Annual administration report of the Civil Veterinary Department of India - 1908-1909
Year: 1908
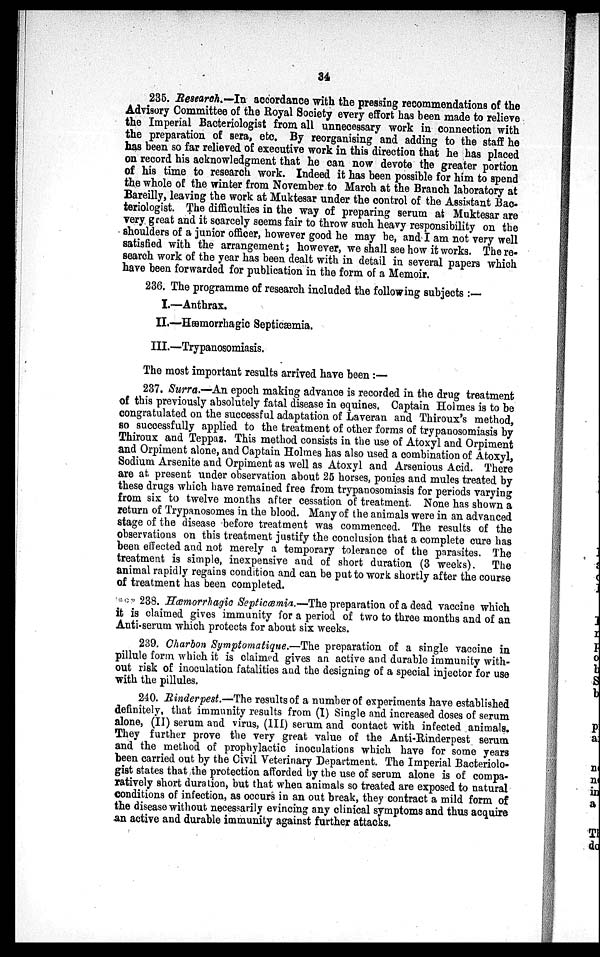
34
235. Research.—In accordance with the pressing recommendations of the
Advisory Committee of the Royal Society every effort has been made to relieve
the Imperial Bacteriologist from all unnecessary work in connection with
the preparation of sera, etc. By reorganising and adding to the staff he
has been so far relieved of executive work in this direction that he has placed
on record his acknowledgment that he can now devote the greater portion
of his time to research work. Indeed it has been possible for him to spend
the whole of the winter from November to March at the Branch laboratory at
Bareilly, leaving the work at Muktesar under the control of the Assistant Bac-
teriologist. The difficulties in the way of preparing serum at Muktesar are
very great and it scarcely seems fair to throw such heavy responsibility on the
shoulders of a junior officer, however good he may be, and I am not very well
satisfied with the arrangement; however, we shall see how it works. There-
search work of the year has been dealt with in detail in several papers which
have been forwarded for publication in the form of a Memoir.
236. The programme of research included the following subjects:—
I.—Anthrax.
II.—Hæmorrhagic Septicæmia.
III.—Trypanosomiasis.
The most important results arrived have been:—
237. Surra.—An epoch making advance is recorded in the drug treatment
of this previously absolutely fatal disease in equines. Captain Holmes is to be
congratulated on the successful adaptation of Laveran and Thiroux's method,
so successfully applied to the treatment of other forms of trypanosomiasis by
Thiroux and Teppaz. This method consists in the use of Atoxyl and Orpiment
and Orpiment alone, and Captain Holmes has also used a combination of Atoxyl,
Sodium Arsenite and Orpiment as well as Atoxyl and Arsenious Acid. There
are at. present under observation about 25 horses, ponies and mules treated by
these drugs which have remained free from trypanosomiasis for periods varying
from six to twelve months after cessation of treatment. None has shown a
return of Trypanosomes in the blood. Many of the animals were in an advanced
stage of the disease before treatment was commenced. The results of the
observations on this treatment justify the conclusion that a complete cure has
been effected and not merely a temporary tolerance of the parasites. The
treatment is simple, inexpensive and of short duration (3 weeks). The
animal rapidly regains condition and can be put to work shortly after the course
of treatment has been completed.
238. Hæmorrhagic Septicæmia.—The preparation of a dead vaccine which
it is claimed gives immunity for a period of two to three months and of an
Anti-serum which protects for about six weeks.
239. Charbon Symptomatique.—The preparation of a single vaccine in
pillule form which it is claimed gives an active and durable immunity with-
out risk of inoculation fatalities and the designing of a special injector for use
with the pillules.
240. Rinderpest.—The results of a number of experiments have established
definitely, that immunity results from (I) Single and increased doses of serum
alone, (II) serum and virus, (III) serum and contact with infected animals.
They further prove the very great value of the Anti-Rinderpest serum
and the method of prophylactic inoculations which have for some years
been carried out by the Civil Veterinary Department. The Imperial Bacteriolo-
gist states that the protection afforded by the use of serum alone is of compa-
ratively short duration, but that when animals so treated are exposed to natural
conditions of infection, as occurs in an out break, they contract a mild form of
the disease without necessarily evincing any clinical symptoms and thus acquire
an active and durable immunity against further attacks.